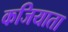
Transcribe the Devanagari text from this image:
कजियाता